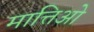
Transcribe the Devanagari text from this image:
मात्तिओ